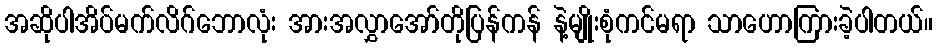
အဆိုပါအိပ်မက်လိဂ်ဘောလုံး အားအလွှာအော်တိုပြန်ကန် နဲ့မျိုးစုံကင်မရာ သာဟောကြားခဲ့ပါတယ်။